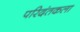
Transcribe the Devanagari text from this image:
परिदंतकला